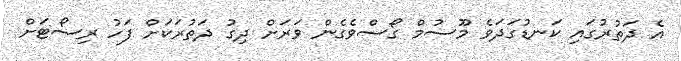
އެ ދަތުރުގައި ކަނޑުގަދަވެ މޫސުމް ގޯސްވެގެން ވަރަށް ދިގު ދަތުރަކަށް ފަހު ރިސޯޓަށް